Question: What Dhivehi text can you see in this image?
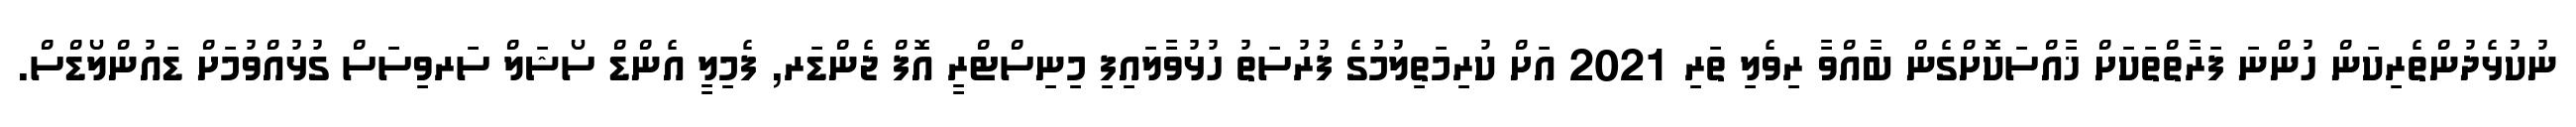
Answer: ނުކުޅެދުންތެރިކަން ހުންނަ ފަރާތްތަކަށް ޚާއްސަކޮށްގެން ބާއްވާ ރިވެލި ތަރި 2021 އަށް ކުރިމަތިލުމުގެ ފުރުސަތު ހުޅުވާލައިފި މިނިސްޓްރީ އޮފް ޖެންޑަރ, ފެމިލީ އެންޑް ސޯޝަލް ސަރވިސަސް ގުޅުއްވުމަށް ޑައުންލޯޑްސް.